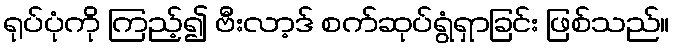
ရုပ်ပုံကို ကြည့်၍ ဗီးလာ့ဒ် စက်ဆုပ်ရွံရှာခြင်း ဖြစ်သည်။